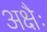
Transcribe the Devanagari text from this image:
अक्षैः